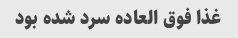
غذا فوق العاده سرد شده بود